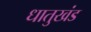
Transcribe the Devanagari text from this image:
धातुखंड